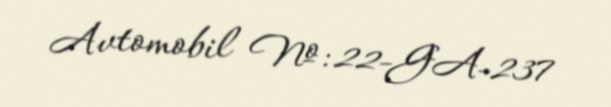
Avtomobil №: 22-GA-237